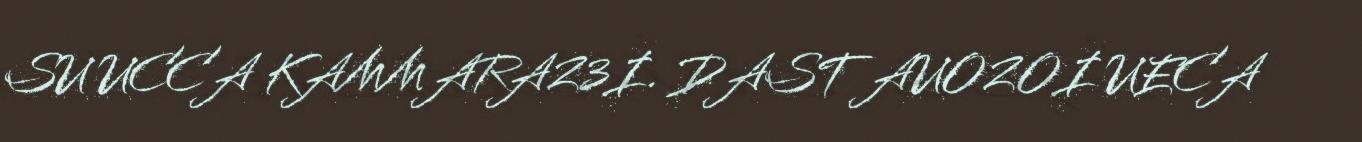
SU UCCA KAMMARAZ3I. DAST AUOZOI UECA